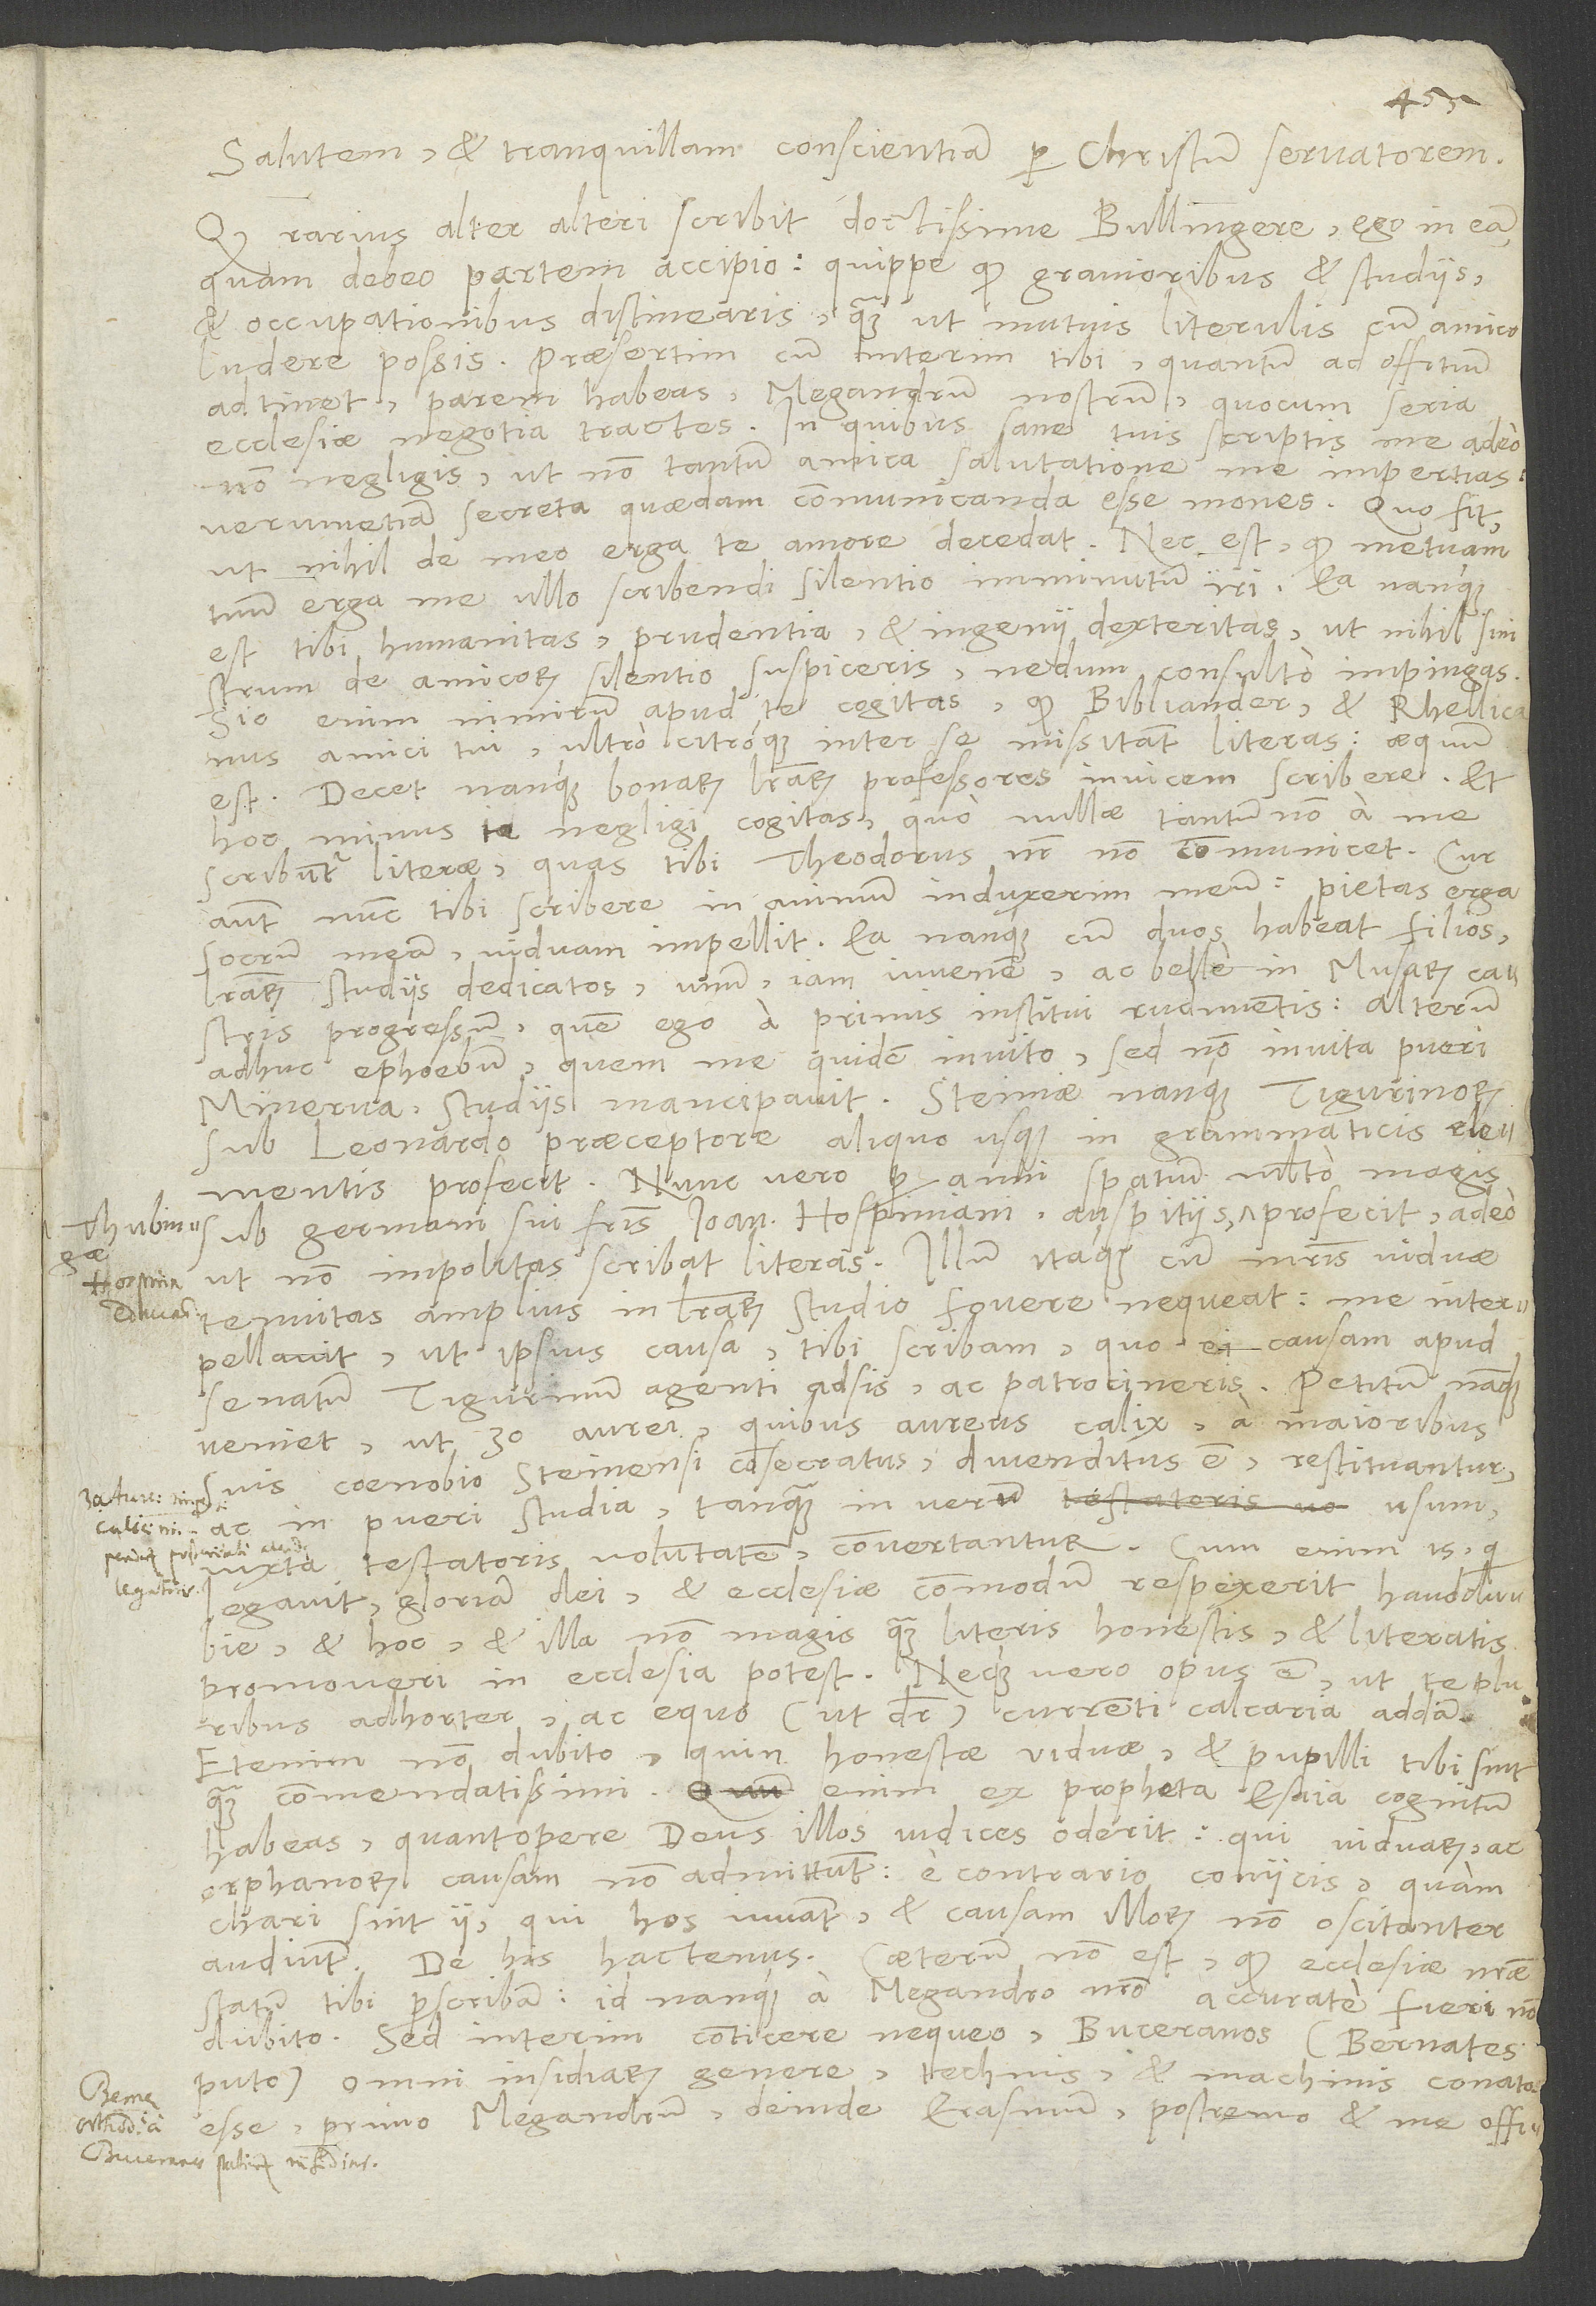
Salutem et tranquillam conscientiam per Christum servatorem.
Quod rarius alter alteri scribit, doctissime Bullingere, ego in eam,
quam debeo, partem accipio, quippe quod gravioribus et studiis
et occupationibus distinearis, quam ut mutuis literulis cum amico
ludere possis, praesertim cum interim tibi, quantum ad offitium
adtinet, parem habeas Megandrum nostrum, quocum seria
ecclesiae negotia tractes. In quibus sane tuis scriptis me adeo
non negligis, ut non tantum amica salutatione me impertias,
verum etiam secreta quaedam communicanda esse mones. Quo fit,
ut nihil de meo erga te amore decedat. Nec est, quod metuam
tuum erga me ullo scribendi silentio imminutum in. Ea nanque
est tibi humanitas, prudentia et ingenii dexteritas, ut nihil sinistrum
de amicorum silentio suspiceris, nedum consulto impingas.
Sic enim nimirum apud te cogitas: Quod Bibliander et Rhellicanus,
amici tui, ultro citroque inter se missitant literas, aequum
est. Decet nanque bonarum literarum professores invicem scribere. Et
hoc minus te negligi cogitas, quo nullae tantum non a me
scribuntur literae, quas tibi Theodorus noster non communicet. Cur
autem nunc tibi scribere in animum induxerim meum: Pietas erga
socrum meam viduam impellit. Ea nanque cum duos habeat filios
literarum studiis dedicatos, unum iam iuvenem ac belle in musarum castris
progressum, quem ego a primis institui rudimentis, alterum
adhuc ephoebum, quem me quidem invito, sed non invita pueri
Minerva studiis mancipavit. Steiniae nanque Tigurinorum
sub Leonardo praeceptore aliquo usque in grammaticis elementis
profecit. Nunc vero per anni spatium multo magis
sub germani sui fratris Ioannis Hospiniani auspitiis Thubingae profecit, adeo
ut non impolitas scribat literas. Illum itaque cum matris viduae
tenuitas amplius in literarum studio fovere nequeat, me interpellavit,
ut ipsius causa tibi scribam, quo ei causam apud
senatum Tigurinum agenti adsis ac patrocineris. Petitum nanque
veniet, ut 30 aurei, quibus aureus calix a maioribus
suis coenobio Steinensi consecratus divenditus est, restituantur
ac in pueri studia tanquam in verum usum
iuxta testatoris voluntatem convertantur. Cum enim is, qui
legavit, gloriam dei et ecclesiae commodum respexerit, haud dubie
et hoc et illa non magis quam literis honestis et literatis
promoveri in ecclesia potest. Neque vero opus est, ut te pluribus
adhorter ac equo (ut dicitur) currenti calcaria addam.
Etenim non dubito, quin honestae viduae et pupilli tibi sint
quam commendatissimi. Quum enim ex propheta Esaia cognitum
habeas, quantopere deus illos iudices oderit, qui viduarum ac
orphanorum causam non admittunt, e contrario coniicis, quam
chari sint ii, qui hos iuvant et causam illorum non oscitanter
De his hactenus. Caeterum non est, quod ecclesiae nostrae
audiunt.
statum tibi perscribam; id nanque a Megandro nostro accurate fieri non
dubito. Sed interim conticere nequeo Buceranos (Bernates
puto) omni insidiarum genere, technis et machinis conatos
esse primo Megandrum, deinde Erasmum, postremo et me offitio